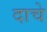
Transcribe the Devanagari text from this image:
दाचे